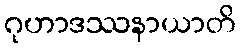
ဂုဟာဒဿနာယာတိ